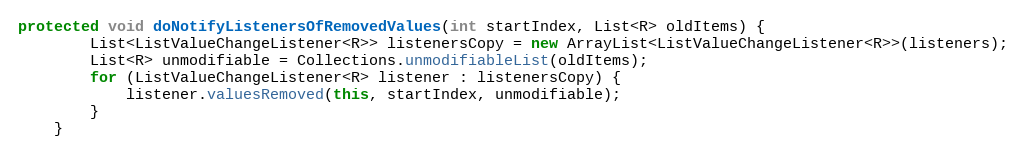
Language: Java
protected void doNotifyListenersOfRemovedValues(int startIndex, List<R> oldItems) {
        List<ListValueChangeListener<R>> listenersCopy = new ArrayList<ListValueChangeListener<R>>(listeners);
        List<R> unmodifiable = Collections.unmodifiableList(oldItems);
        for (ListValueChangeListener<R> listener : listenersCopy) {
            listener.valuesRemoved(this, startIndex, unmodifiable);
        }
    }